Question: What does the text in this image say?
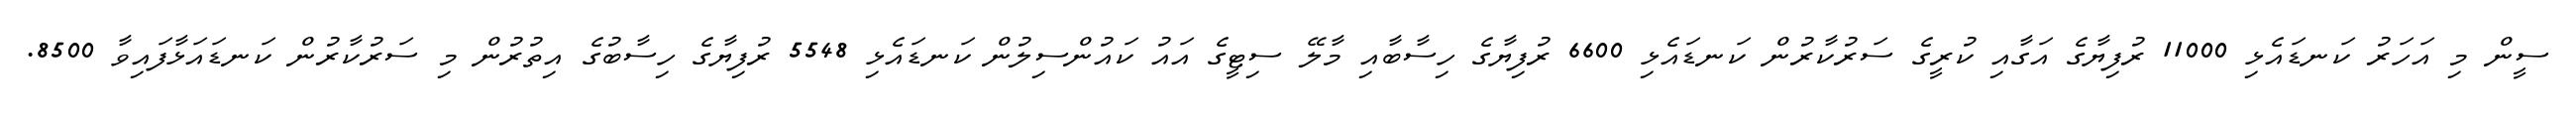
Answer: ސީން މި އަހަރު ކަނޑައެޅި 11000 ރުފިޔާގެ އަގާއި ކުރީގެ ސަރުކާރުން ކަނޑައެޅި 6600 ރުފިޔާގެ ހިސާބާއި މާލޭ ސިޓީގެ އައު ކައުންސިލުން ކަނޑައެޅި 5548 ރުފިޔާގެ ހިސާބުގެ އިތުރުން މި ސަރުކާރުން ކަނޑައަޅާފައިވާ 8500.